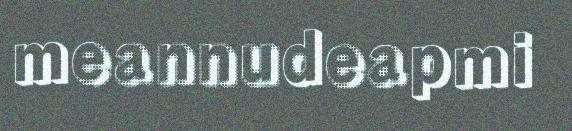
meannudeapmi